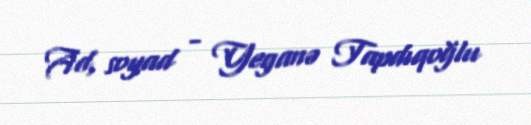
Ad, soyad - Yeganə Tapdıqoğlu